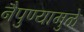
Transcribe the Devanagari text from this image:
नैपुण्यामुळे